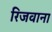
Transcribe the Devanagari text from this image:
रिजवाना